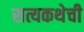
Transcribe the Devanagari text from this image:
सत्यकथेची